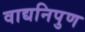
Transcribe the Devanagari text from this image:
वाद्यनिपुण